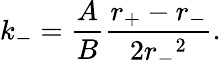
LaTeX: k_{-}=\frac{A}{B}\frac{r_{+}-r_{-}}{2{r_{-}}^{2}}.